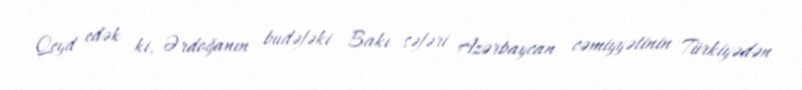
Qeyd edək ki, Ərdoğanın budəfəki Bakı səfəri Azərbaycan cəmiyyətinin Türkiyədən